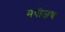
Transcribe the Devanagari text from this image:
मपोजय